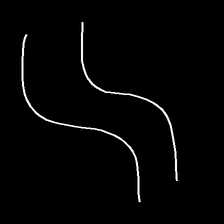
Glyph: float